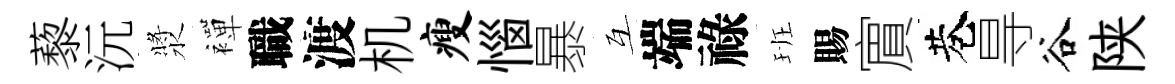
藜沅漿襌職渡机瘦惱暴互端祿班賜賔巷㝵谷陕